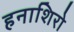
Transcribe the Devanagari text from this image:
हनाशिरो